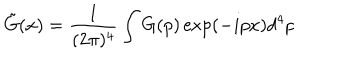
\tilde { G } ( x ) = \frac { 1 } { ( 2 \pi ) ^ { 4 } } \int G ( p ) \exp ( - i p x ) d ^ { 4 } p